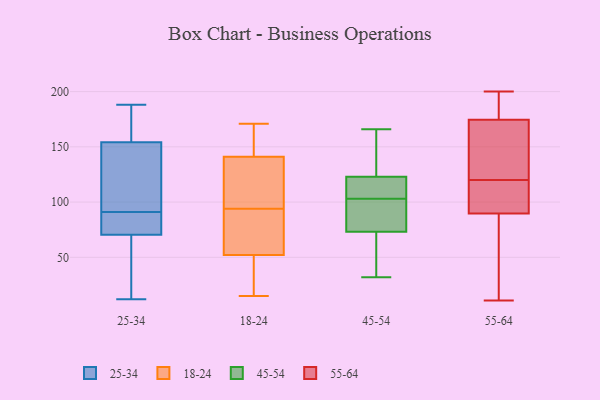
{"axis": {"x": "LTV (USD)", "y": "Value"}, "legend": ["18-24", "25-34", "45-54", "55-64"], "data": [{"x": "", "y": 91, "type": "25-34"}, {"x": "", "y": 153, "type": "25-34"}, {"x": "", "y": 75, "type": "25-34"}, {"x": "", "y": 29, "type": "25-34"}, {"x": "", "y": 158, "type": "25-34"}, {"x": "", "y": 99, "type": "25-34"}, {"x": "", "y": 74, "type": "25-34"}, {"x": "", "y": 12, "type": "25-34"}, {"x": "", "y": 188, "type": "25-34"}, {"x": "", "y": 89, "type": "25-34"}, {"x": "", "y": 60, "type": "25-34"}, {"x": "", "y": 116, "type": "25-34"}, {"x": "", "y": 166, "type": "25-34"}, {"x": "", "y": 69, "type": "18-24"}, {"x": "", "y": 155, "type": "18-24"}, {"x": "", "y": 155, "type": "18-24"}, {"x": "", "y": 86, "type": "18-24"}, {"x": "", "y": 98, "type": "18-24"}, {"x": "", "y": 27, "type": "18-24"}, {"x": "", "y": 15, "type": "18-24"}, {"x": "", "y": 90, "type": "18-24"}, {"x": "", "y": 35, "type": "18-24"}, {"x": "", "y": 127, "type": "18-24"}, {"x": "", "y": 122, "type": "18-24"}, {"x": "", "y": 171, "type": "18-24"}, {"x": "", "y": 166, "type": "45-54"}, {"x": "", "y": 76, "type": "45-54"}, {"x": "", "y": 78, "type": "45-54"}, {"x": "", "y": 52, "type": "45-54"}, {"x": "", "y": 89, "type": "45-54"}, {"x": "", "y": 123, "type": "45-54"}, {"x": "", "y": 123, "type": "45-54"}, {"x": "", "y": 146, "type": "45-54"}, {"x": "", "y": 32, "type": "45-54"}, {"x": "", "y": 121, "type": "45-54"}, {"x": "", "y": 65, "type": "45-54"}, {"x": "", "y": 103, "type": "45-54"}, {"x": "", "y": 114, "type": "45-54"}, {"x": "", "y": 61, "type": "55-64"}, {"x": "", "y": 11, "type": "55-64"}, {"x": "", "y": 179, "type": "55-64"}, {"x": "", "y": 96, "type": "55-64"}, {"x": "", "y": 148, "type": "55-64"}, {"x": "", "y": 89, "type": "55-64"}, {"x": "", "y": 159, "type": "55-64"}, {"x": "", "y": 160, "type": "55-64"}, {"x": "", "y": 92, "type": "55-64"}, {"x": "", "y": 109, "type": "55-64"}, {"x": "", "y": 170, "type": "55-64"}, {"x": "", "y": 186, "type": "55-64"}, {"x": "", "y": 114, "type": "55-64"}, {"x": "", "y": 89, "type": "55-64"}, {"x": "", "y": 120, "type": "55-64"}, {"x": "", "y": 185, "type": "55-64"}, {"x": "", "y": 200, "type": "55-64"}, {"x": "", "y": 44, "type": "55-64"}, {"x": "", "y": 176, "type": "55-64"}]}